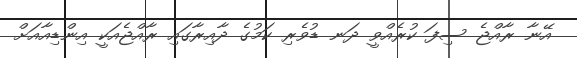
އޭނާ ރާއްޖެ ސިފަ ކުރެއްވީ ދަނ ޑުވެރި ކަމުގެ ދާއިރާގައި ރާއްޖެއަކީ އިންޑިއާއަށް